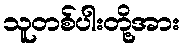
သူတစ်ပါးတို့အား